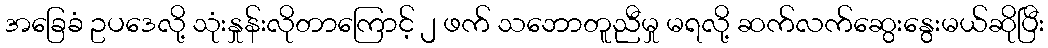
အခြေခံ ဥပဒေလို့ သုံးနှုန်းလိုတာကြောင့် ၂ ဖက် သဘောတူညီမှု မရလို့ ဆက်လက်ဆွေးနွေးမယ်ဆိုပြီး